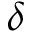
\delta